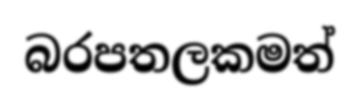
බරපතලකමත්